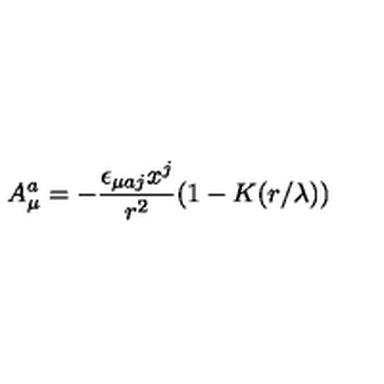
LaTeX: A _ { \mu } ^ { a } = - { \frac { \epsilon _ { \mu a j } x ^ { j } } { r ^ { 2 } } } ( 1 - K ( r / \lambda ) )